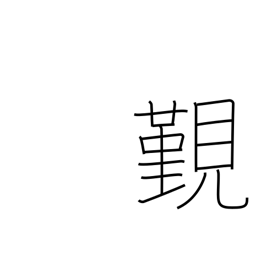
Meaning: have an audience with